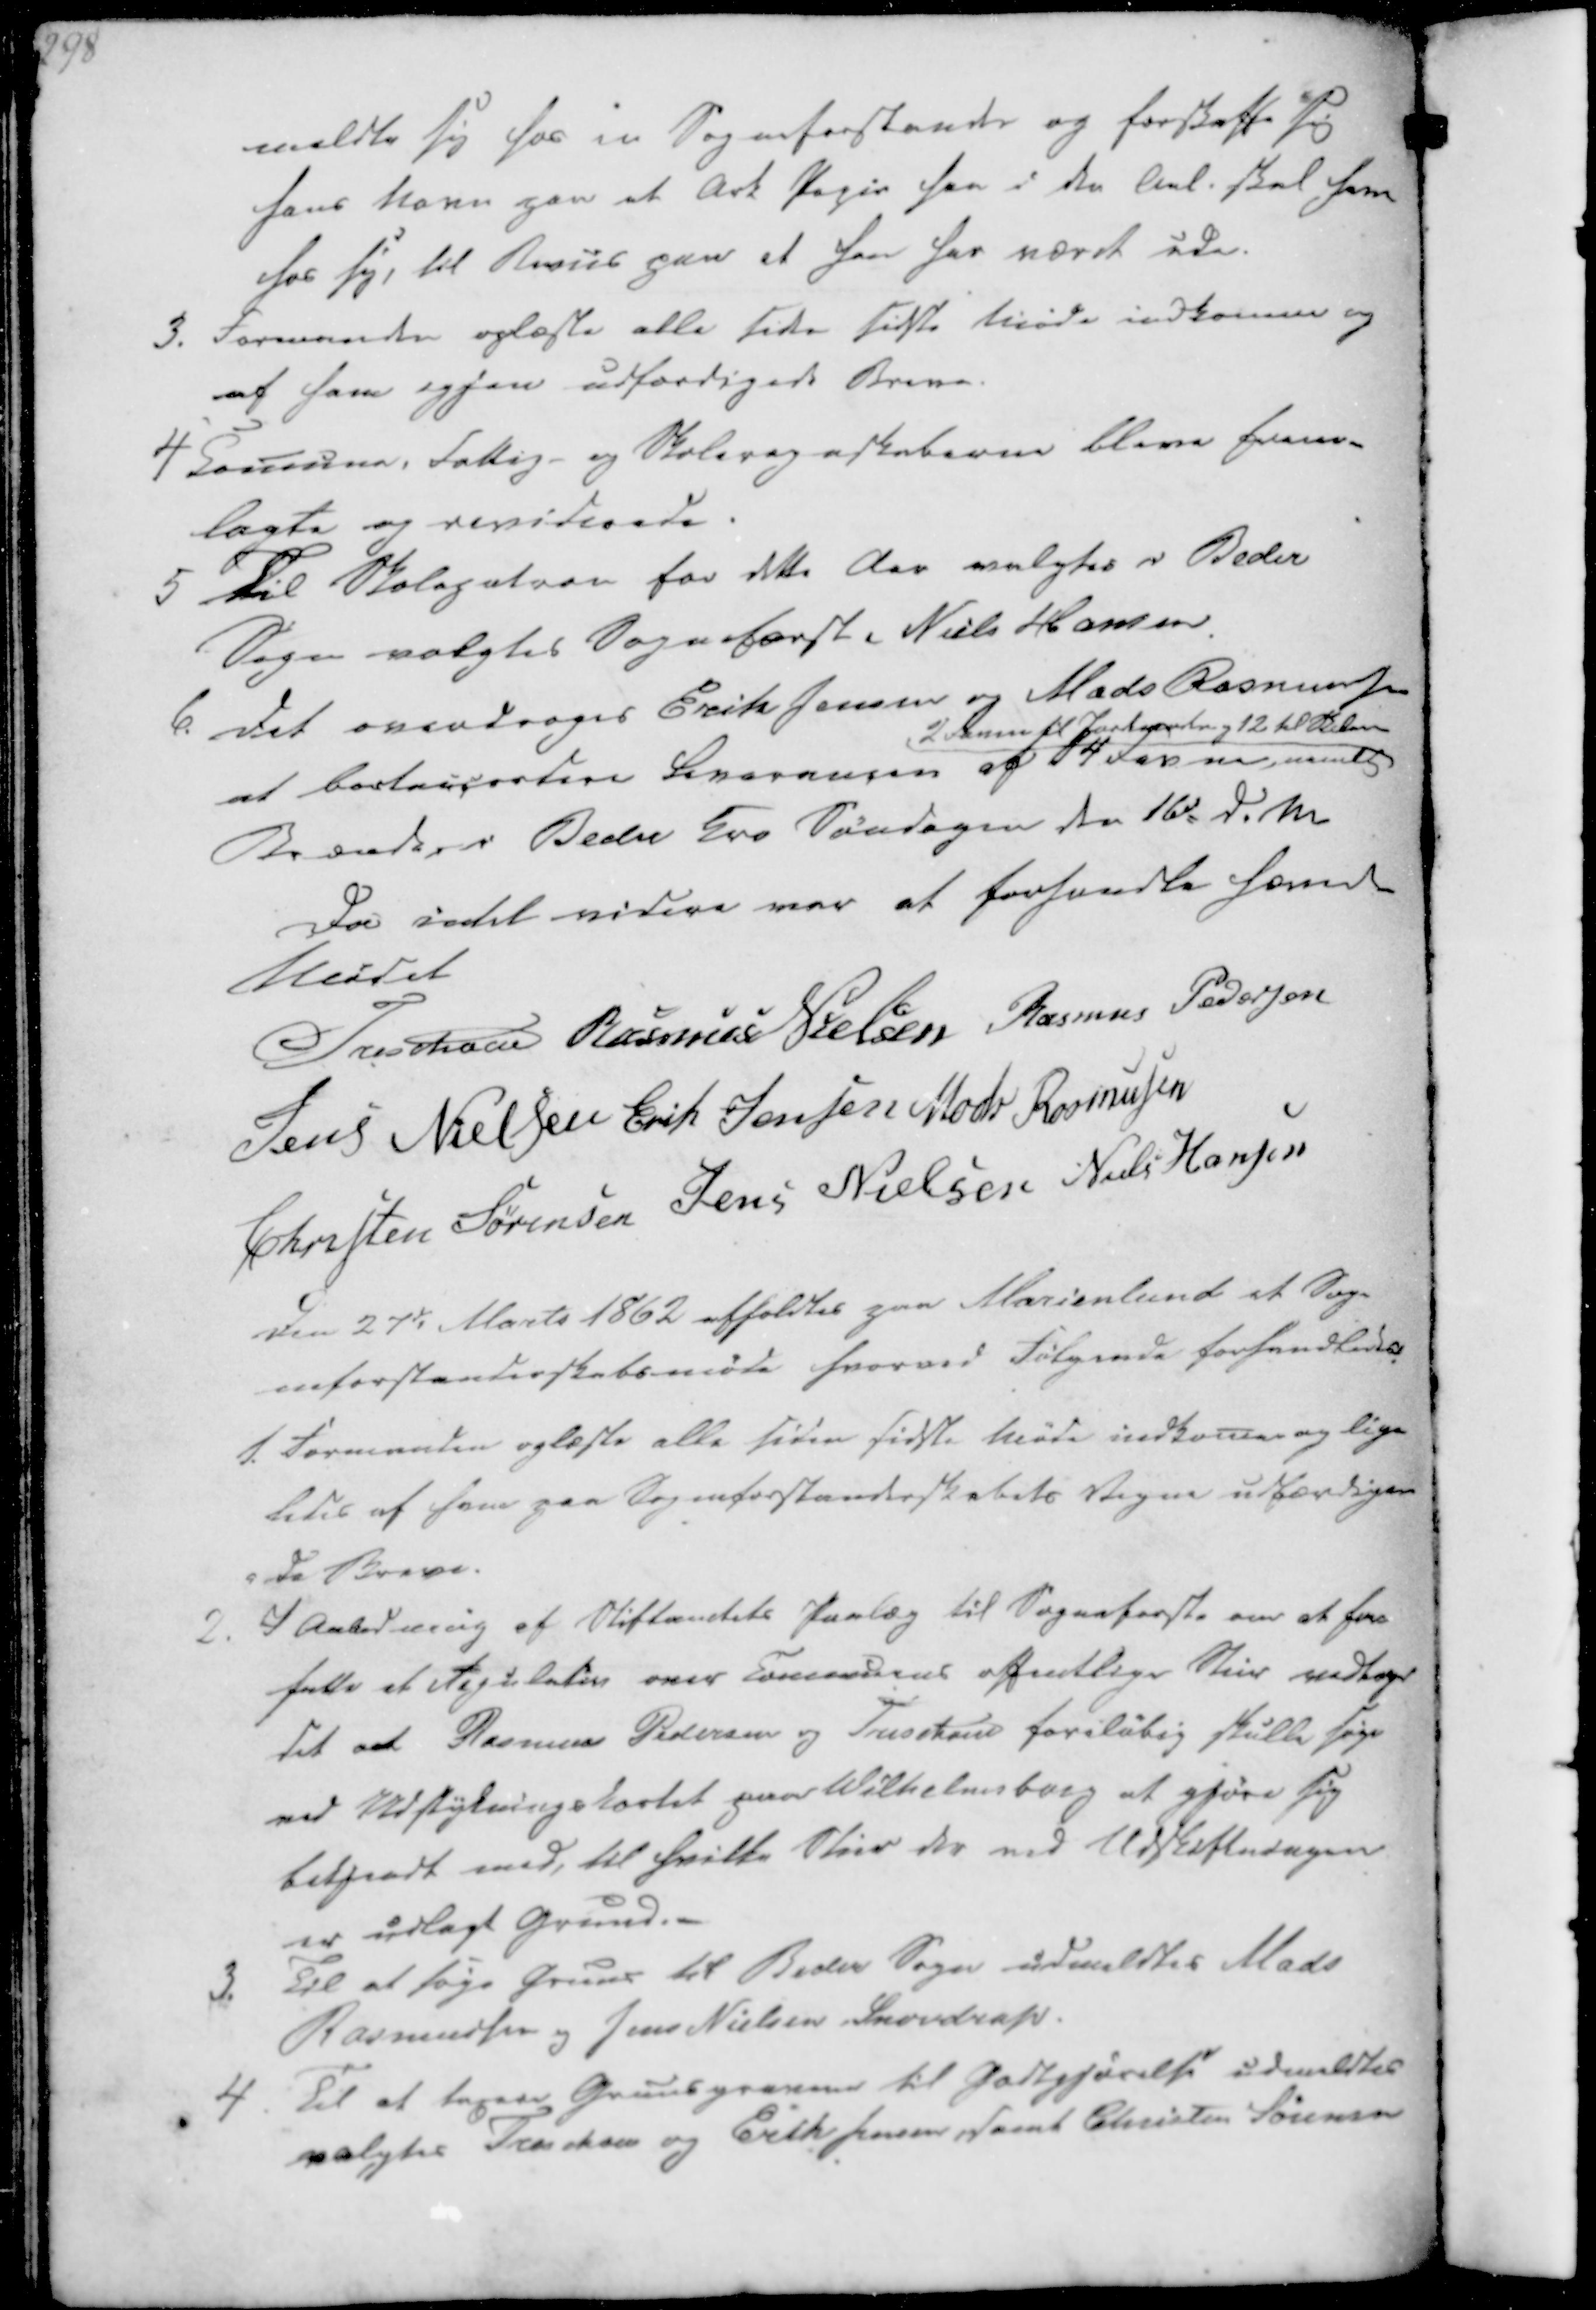
Transskription:
meldte sig hos en Sogneforstander og forskaffe sig
hans Navn paa et Ark Papir han i den Anl. skal have
hos sig, til Beviis paa at han har været ude.

3. Formanden oplæste alle siden sidste Møde indkomne og
af ham igjen udfærdigede Breve
4 Comune, Fattig- og Skoleregnskaberne bleve frem-
lagte og reviderede.

5 Til Skolepatron for dette Aar valgtes i Beder
Sogn valgtes Sogneforst. Niels Hansen.
6. Det overdrages Erik Jensen og Mads Rasmussen
at bortaccordere Leverancen af 14 Favne nemlig
2 Favne til Jordemoder og 12 til Skolen
Brænde i Beder Kro Søndagen den 16d d.M

Da intet videre var at forhandle hævedes
Mødet
Treschov
Rasmus Nielsen
Rasmus Pedersen
Jens Nielsen
Erik Jensen
Mads Rasmussen
Christen Sørensen
Jens Nielsen
Niels Hansen

Den 27de Marts 1862 afholdtes paa Marienlund et Sog-
neforstanderskabsmøde hvorved Følgende forhandledes

1. Formanden oplæste alle siden sidste Møde indkomne og lige
ledes af ham paa Sogneforstanderskabets Vegne udfærdige
-de Breve.
2. I Anledning af Stiftamtets Paalæg til Sogneforst. om at for
fatte et Regulativ over Communens offentlige Stier vedtoges
det at Rasmus Pedersen og Treschov foreløbig skulle sige
ved Udstykningskortet paa Wilhelmsborg at gjøre sig
bekjendt med, til hvilke Stier der ved Udskiftningen
er udlagt Grund.-
3. Til at søge Gruus til Beder Sogn udmeldtes Mads
Rasmussen og Jens Nielsen Snovdrup.

4. Til at taxere Gruusgravene til Godtgjørelse udmeldtes
valgtes Treschou og Erik Jenseen samt Christen Sørensen